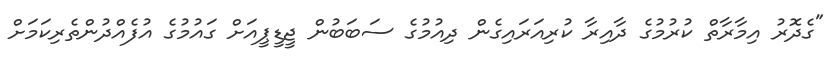
"ގެދޮރު އިމާރާތް ކުރުމުގެ ދާއިރާ ކުރިއަރައިގެން ދިއުމުގެ ސަބަބުން ޖީޑީޕީއަށް ގައުމުގެ އުފެއްދުންތެރިކަމަށް